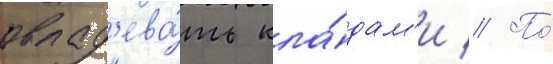
овлад'ева́ть кла́дам'и // По́